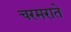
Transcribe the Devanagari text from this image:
चरमराते